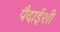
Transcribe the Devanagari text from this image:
पैदाईशी